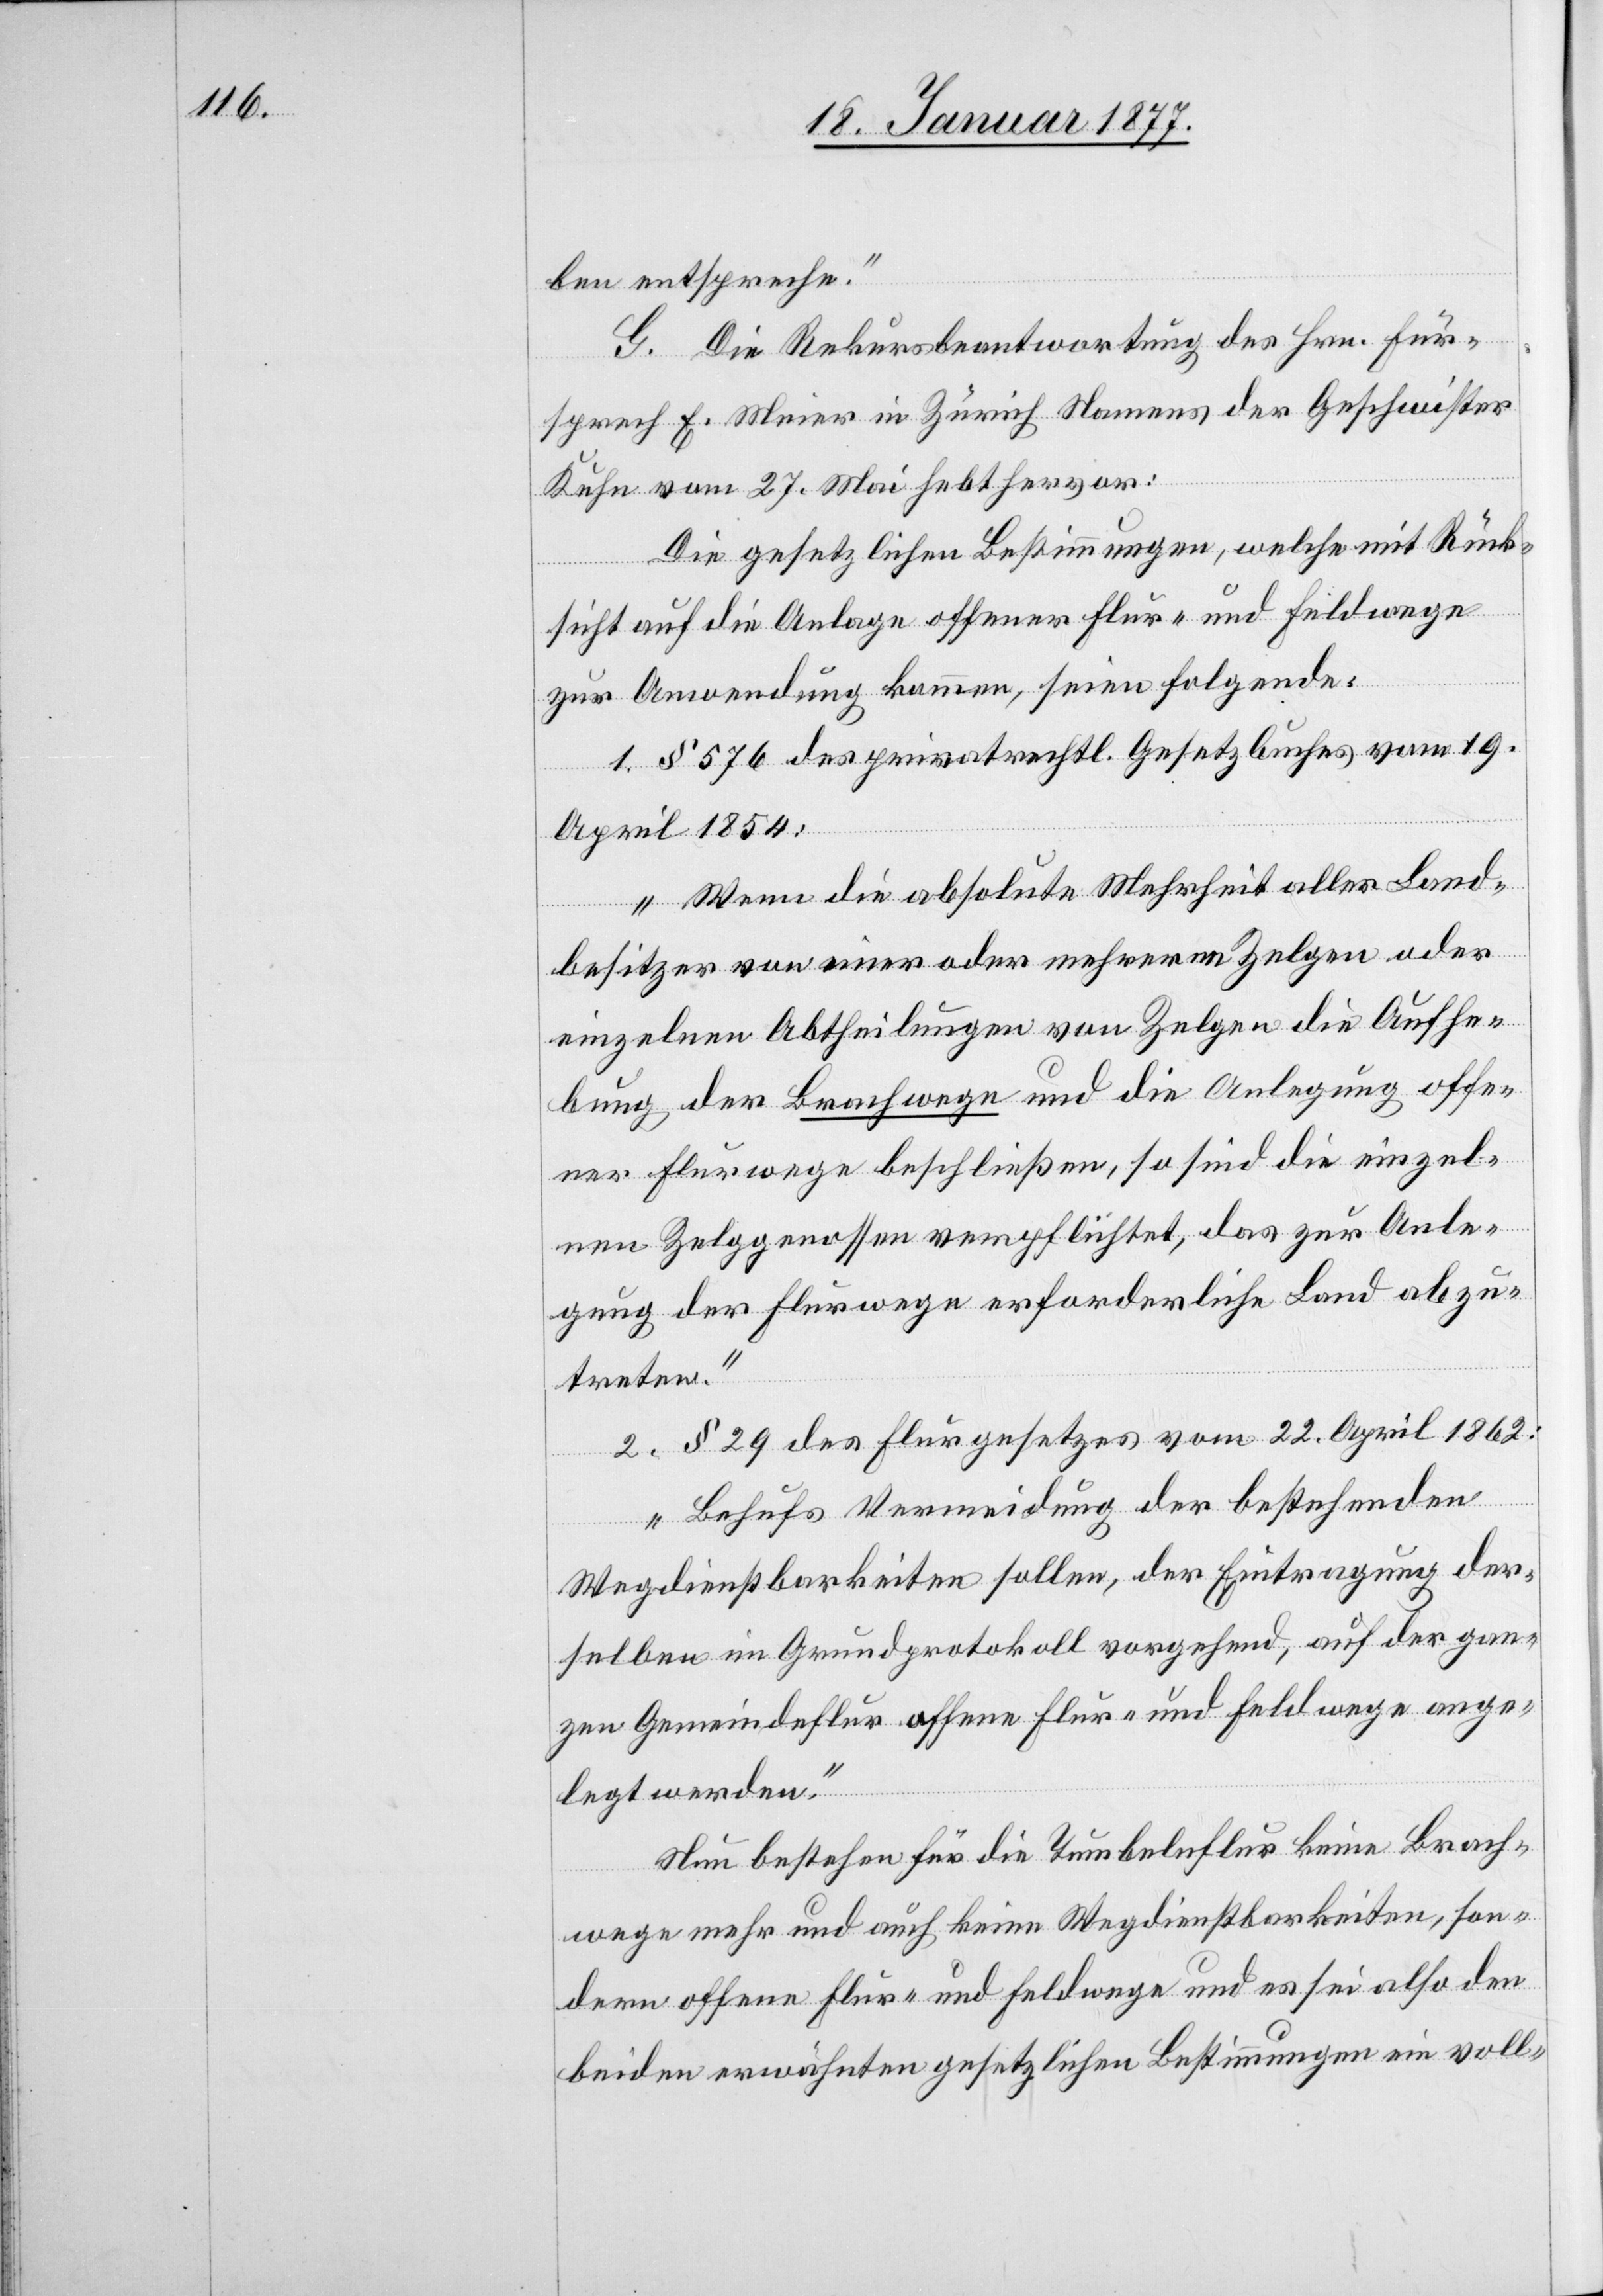
ben entspreche.
G. Die Rekursbeantwortung des Hrn. Für¬
sprech E. Meier in Zürich Namens der Geschwister
Kuhn vom 27. Mai hebt hervor:
Die gesetzlichen Bestimmungen, welche mit Rück¬
sicht auf die Anlage offener Flur- und Feldwege
zur Anwendung kommen, seien folgende:
1. § 576 des privatrechtl. Gesetzbuches vom 19.
April 1854:
„Wenn die absolute Mehrheit aller Land¬
besitzer von einer oder mehreren Zelgen oder
einzelnen Abtheilungen von Zelgen die Aufhe¬
bung der Brachwege und die Anlegung offe¬
ner Flurwege beschließen, so sind die einzel¬
nen Zelggenossen verpflichtet, das zur Anle¬
gung der Flurwege erforderliche Land abzu¬
treten.“
2. § 29 des Flurgesetzes vom 22. April 1862:
„Behufs Verminderung der bestehenden
Wegdienstbarkeiten sollen, der Eintragung der¬
selben im Grundprotokoll vorgehend, auf der gan¬
zen Gemeindeflur offene Flur- und Feldwege ange¬
legt werden.“
Nun bestehen für die Tumbelnflur keine Brach¬
wege mehr und auch keine Wegdienstbarkeiten, son¬
dern offene Flur- und Feldwege und es sei also den
beiden erwähnten gesetzlichen Bestimmungen ein voll-